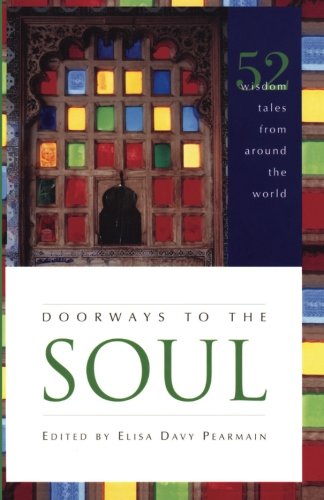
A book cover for Doorways to the Soul: 52 Wisdom Tales from Around the World; Religion & Spirituality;